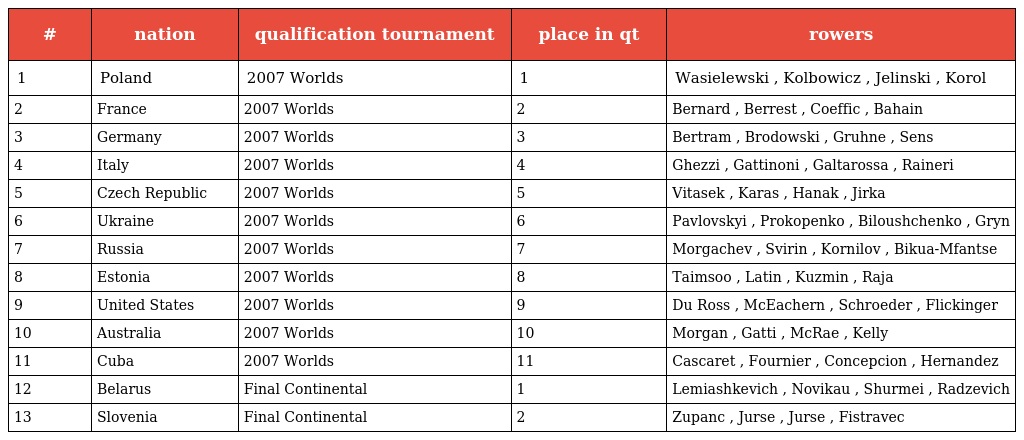
| # | nation | qualification tournament | place in qt | rowers |
 | --- | --- | --- | --- | --- |
 | 1 | Poland | 2007 Worlds | 1 | Wasielewski , Kolbowicz , Jelinski , Korol |
 | 2 | France | 2007 Worlds | 2 | Bernard , Berrest , Coeffic , Bahain |
 | 3 | Germany | 2007 Worlds | 3 | Bertram , Brodowski , Gruhne , Sens |
 | 4 | Italy | 2007 Worlds | 4 | Ghezzi , Gattinoni , Galtarossa , Raineri |
 | 5 | Czech Republic | 2007 Worlds | 5 | Vitasek , Karas , Hanak , Jirka |
 | 6 | Ukraine | 2007 Worlds | 6 | Pavlovskyi , Prokopenko , Biloushchenko , Gryn |
 | 7 | Russia | 2007 Worlds | 7 | Morgachev , Svirin , Kornilov , Bikua-Mfantse |
 | 8 | Estonia | 2007 Worlds | 8 | Taimsoo , Latin , Kuzmin , Raja |
 | 9 | United States | 2007 Worlds | 9 | Du Ross , McEachern , Schroeder , Flickinger |
 | 10 | Australia | 2007 Worlds | 10 | Morgan , Gatti , McRae , Kelly |
 | 11 | Cuba | 2007 Worlds | 11 | Cascaret , Fournier , Concepcion , Hernandez |
 | 12 | Belarus | Final Continental | 1 | Lemiashkevich , Novikau , Shurmei , Radzevich |
 | 13 | Slovenia | Final Continental | 2 | Zupanc , Jurse , Jurse , Fistravec |